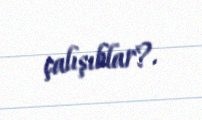
çalışıblar?.